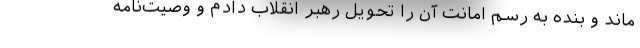
ماند و بنده به رسم امانت آن را تحویل رهبر انقلاب دادم و وصیت‌نامه